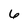
Character: 6